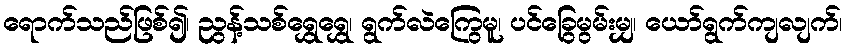
ရောက်သည်ဖြစ်၍၊ ညွန့်သစ်ရွှေရွှေ၊ ရွက်လဲကြွေမူ၊ ပင်ခြွေမွမ်းမျှ၊ ယော်ရွက်ကျလျက်၊